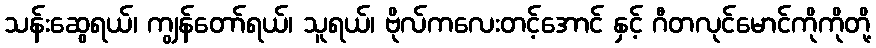
သန်းဆွေရယ်၊ ကျွန်တော်ရယ်၊ သူရယ်၊ ဗိုလ်ကလေးတင့်အောင် နှင့် ဂီတလုင်မောင်ကိုကိုတို့